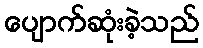
ပျောက်ဆုံးခဲ့သည်